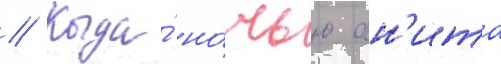
// Когда́ но́чью ан'ита